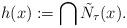
LaTeX: \begin{align*}h(x) := \bigcap\tilde{N}_{\tau}(x).\end{align*}